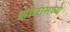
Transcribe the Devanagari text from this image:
झोतामध्ये